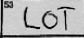
Transcription: LOT